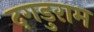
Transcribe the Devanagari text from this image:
दगडुराम